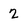
Character: 2